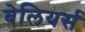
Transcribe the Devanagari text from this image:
बेलियर्स